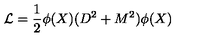
\mathcal { L } = \frac { 1 } { 2 } \phi ( X ) ( D ^ { 2 } + M ^ { 2 } ) \phi ( X )